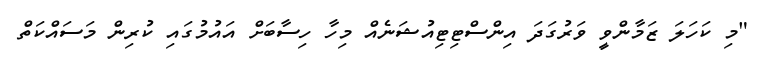
"މި ކަހަލަ ޒަމާންވީ ވަރުގަދަ އިންސްޓިޓިއުޝަނެއް މިހާ ހިސާބަށް އައުމުގައި ކުރިން މަސައްކަތް